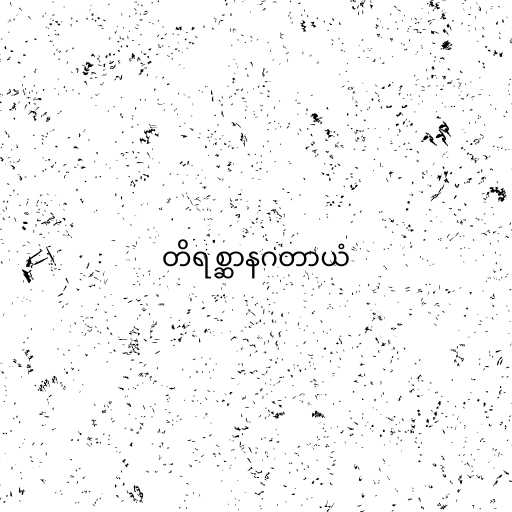
တိရစ္ဆာနဂတာယံ